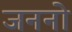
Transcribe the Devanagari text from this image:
जननो